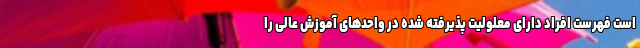
است فهرست افراد دارای معلولیت پذیرفته شده در واحدهای آموزش عالی را